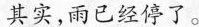
其实，雨已经停了。